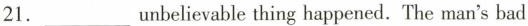
21.___unbelievable thing happened. The man's bad